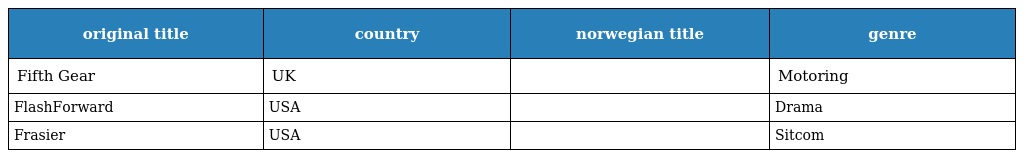
| original title | country | norwegian title | genre |
 | --- | --- | --- | --- |
 | Fifth Gear | UK |  | Motoring |
 | FlashForward | USA |  | Drama |
 | Frasier | USA |  | Sitcom |